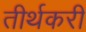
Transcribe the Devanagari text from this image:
तीर्थकरी